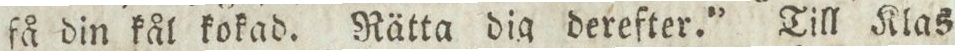
få din kål kokad. Rätta dig derefter.” Till Klas